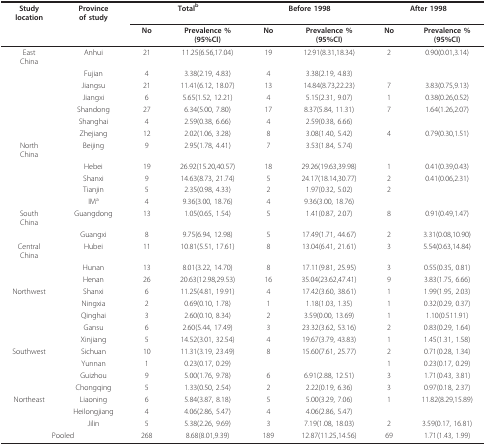
<table><thead><tr><td><b>Studylocation</b></td><td><b>Provinceof study</b></td><td colspan="2"><b>Total<sup>b</sup></b></td><td colspan="2"><b>Before 1998</b></td><td colspan="2"><b>After 1998</b></td></tr><tr><td></td><td></td><td><b>No</b></td><td><b>Prevalence %(95%CI)</b></td><td><b>No</b></td><td><b>Prevalence %(95%CI)</b></td><td><b>No</b></td><td><b>Prevalence %(95%CI)</b></td></tr></thead><tbody><tr><td>EastChina</td><td>Anhui</td><td>21</td><td>11.25(6.56,17.04)</td><td>19</td><td>12.91(8.31,18.34)</td><td>2</td><td>0.90(0.01,3.14)</td></tr><tr><td></td><td>Fujian</td><td>4</td><td>3.38(2.19, 4.83)</td><td>4</td><td>3.38(2.19, 4.83)</td><td></td><td></td></tr><tr><td></td><td>Jiangsu</td><td>21</td><td>11.41(6.12, 18.07)</td><td>13</td><td>14.84(8.73,22.23)</td><td>7</td><td>3.83(0.75,9.13)</td></tr><tr><td></td><td>Jiangxi</td><td>6</td><td>5.65(1.52, 12.21)</td><td>4</td><td>5.15(2.31, 9.07)</td><td>1</td><td>0.38(0.26,0.52)</td></tr><tr><td></td><td>Shandong</td><td>27</td><td>6.34(5.00, 7.80)</td><td>17</td><td>8.37(5.84, 11.31)</td><td>7</td><td>1.64(1.26,2.07)</td></tr><tr><td></td><td>Shanghai</td><td>4</td><td>2.59(0.38, 6.66)</td><td>4</td><td>2.59(0.38, 6.66)</td><td></td><td></td></tr><tr><td></td><td>Zhejiang</td><td>12</td><td>2.02(1.06, 3.28)</td><td>8</td><td>3.08(1.40, 5.42)</td><td>4</td><td>0.79(0.30,1.51)</td></tr><tr><td>NorthChina</td><td>Beijing</td><td>9</td><td>2.95(1.78, 4.41)</td><td>7</td><td>3.53(1.84, 5.74)</td><td></td><td></td></tr><tr><td></td><td>Hebei</td><td>19</td><td>26.92(15.20,40.57)</td><td>18</td><td>29.26(19.63,39.98)</td><td>1</td><td>0.41(0.39,0.43)</td></tr><tr><td></td><td>Shanxi</td><td>9</td><td>14.63(8.73, 21.74)</td><td>5</td><td>24.17(18.14,30.77)</td><td>2</td><td>0.41(0.06,2.31)</td></tr><tr><td></td><td>Tianjin</td><td>5</td><td>2.35(0.98, 4.33)</td><td>2</td><td>1.97(0.32, 5.02)</td><td>2</td><td></td></tr><tr><td></td><td>IM<sup>a</sup></td><td>4</td><td>9.36(3.00, 18.76)</td><td>4</td><td>9.36(3.00, 18.76)</td><td></td><td></td></tr><tr><td>SouthChina</td><td>Guangdong</td><td>13</td><td>1.05(0.65, 1.54)</td><td>5</td><td>1.41(0.87, 2.07)</td><td>8</td><td>0.91(0.49,1.47)</td></tr><tr><td></td><td>Guangxi</td><td>8</td><td>9.75(6.94, 12.98)</td><td>5</td><td>17.49(1.71, 44.67)</td><td>2</td><td>3.31(0.08,10.90)</td></tr><tr><td>CentralChina</td><td>Hubei</td><td>11</td><td>10.81(5.51, 17.61)</td><td>8</td><td>13.04(6.41, 21.61)</td><td>3</td><td>5.54(0.63,14.84)</td></tr><tr><td></td><td>Hunan</td><td>13</td><td>8.01(3.22, 14.70)</td><td>8</td><td>17.11(9.81, 25.95)</td><td>3</td><td>0.55(0.35, 0.81)</td></tr><tr><td></td><td>Henan</td><td>26</td><td>20.63(12.98,29.53)</td><td>16</td><td>35.04(23.62,47.41)</td><td>9</td><td>3.83(1.75, 6.66)</td></tr><tr><td>Northwest</td><td>Shanxi</td><td>6</td><td>11.25(4.81, 19.91)</td><td>4</td><td>17.42(3.60, 38.61)</td><td>1</td><td>1.99(1.95, 2.03)</td></tr><tr><td></td><td>Ningxia</td><td>2</td><td>0.69(0.10, 1.78)</td><td>1</td><td>1.18(1.03, 1.35)</td><td>1</td><td>0.32(0.29, 0.37)</td></tr><tr><td></td><td>Qinghai</td><td>3</td><td>2.60(0.10, 8.34)</td><td>2</td><td>3.59(0.00, 13.69)</td><td>1</td><td>1.10(0.511.91)</td></tr><tr><td></td><td>Gansu</td><td>6</td><td>2.60(5.44, 17.49)</td><td>3</td><td>23.32(3.62, 53.16)</td><td>2</td><td>0.83(0.29, 1.64)</td></tr><tr><td></td><td>Xinjiang</td><td>5</td><td>14.52(3.01, 32.54)</td><td>4</td><td>19.67(3.79, 43.83)</td><td>1</td><td>1.45(1.31, 1.58)</td></tr><tr><td>Southwest</td><td>Sichuan</td><td>10</td><td>11.31(3.19, 23.49)</td><td>8</td><td>15.60(7.61, 25.77)</td><td>2</td><td>0.71(0.28, 1.34)</td></tr><tr><td></td><td>Yunnan</td><td>1</td><td>0.23(0.17, 0.29)</td><td></td><td></td><td>1</td><td>0.23(0.17, 0.29)</td></tr><tr><td></td><td>Guizhou</td><td>9</td><td>5.00(1.76, 9.78)</td><td>6</td><td>6.91(2.88, 12.51)</td><td>3</td><td>1.71(0.43, 3.81)</td></tr><tr><td></td><td>Chongqing</td><td>5</td><td>1.33(0.50, 2.54)</td><td>2</td><td>2.22(0.19, 6.36)</td><td>3</td><td>0.97(0.18, 2.37)</td></tr><tr><td>Northeast</td><td>Liaoning</td><td>6</td><td>5.84(3.87, 8.18)</td><td>5</td><td>5.00(3.29, 7.06)</td><td>1</td><td>11.82(8.29,15.89)</td></tr><tr><td></td><td>Heilongjiang</td><td>4</td><td>4.06(2.86, 5.47)</td><td>4</td><td>4.06(2.86, 5.47)</td><td></td><td></td></tr><tr><td></td><td>Jilin</td><td>5</td><td>5.38(2.26, 9.69)</td><td>3</td><td>7.19(1.08, 18.03)</td><td>2</td><td>3.59(0.17, 16.81)</td></tr><tr><td colspan="2">Pooled</td><td>268</td><td>8.68(8.01,9.39)</td><td>189</td><td>12.87(11.25,14.56)</td><td>69</td><td>1.71(1.43, 1.99)</td></tr></tbody></table>